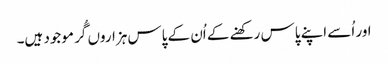
اور اُسے اپنے پاس رکھنے کے اُن کے پاس ہزاروں گُر موجود ہیں۔